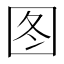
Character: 图